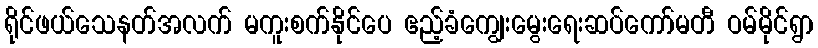
ရိုင်ဖယ်သေနတ်အလက် မကူးစက်နိုင်ပေ ဧည့်ခံကျွေးမွေးရေးဆပ်ကော်မတီ ဝမ်မိုင်ရွာ